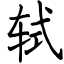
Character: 轼